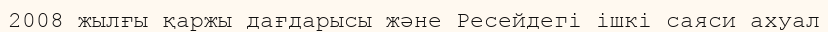
2008 жылғы қаржы дағдарысы және Ресейдегі ішкі саяси ахуал